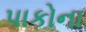
પાકોના